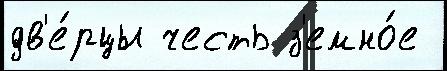
дв'е́рцы честь з'емно́е